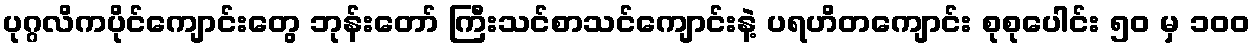
ပုဂ္ဂလိကပိုင်ကျောင်းတွေ ဘုန်းတော် ကြီးသင်စာသင်ကျောင်းနဲ့ ပရဟိတကျောင်း စုစုပေါင်း ၅၀ မှ ၁၀၀